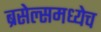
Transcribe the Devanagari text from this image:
ब्रसेल्समध्येच